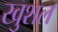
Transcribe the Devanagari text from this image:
खुशल